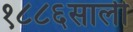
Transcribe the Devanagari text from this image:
१८८६साली